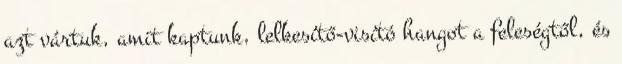
azt vártuk, amit kaptunk, lelkesítő-visító hangot a feleségtől, és